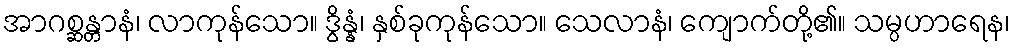
အာဂစ္ဆန္တာနံ၊ လာကုန်သော။ ဒွိန္နံ၊ နှစ်ခုကုန်သော။ သေလာနံ၊ ကျောက်တို့၏။ သမ္ပဟာရေန၊